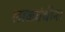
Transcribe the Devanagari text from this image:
लाळग्रंथीना